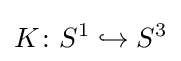
K\colon S^{1}\hookrightarrow S^{3}